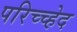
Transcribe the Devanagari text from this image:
परिच्च्हेद